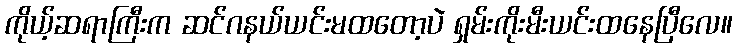
ကိုယ့်ဆရာကြီးက ဆင်ဂနယ်ယင်းမထတော့ပဲ ရှမ်းကိုးမီးယင်းထနေပြီလေ။